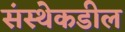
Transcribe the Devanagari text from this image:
संस्थेकडील